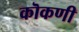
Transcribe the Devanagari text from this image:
कॊकणी